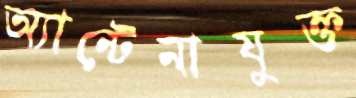
অ্যান্টেনাযুক্ত